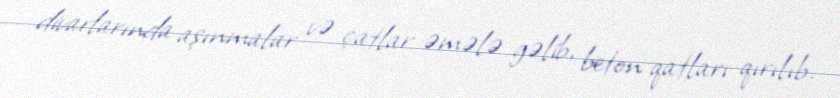
divarlarında aşınmalar və çatlar əmələ gəlib, beton qatları qırılıb.